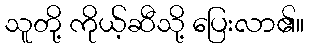
သူတို့ ကိုယ့်ဆီသို့ ပြေးလာ၏။